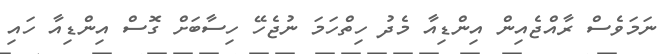
ނަމަވެސް ރާއްޖެއިން އިންޑިއާ މެދު ހިތްހަމަ ނުޖެހޭ ހިސާބަށް ގޮސް އިންޑިއާ ހައި